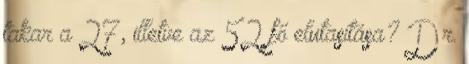
takar a 27, illetve az 52 fő elutasítása? Dr.